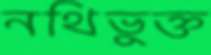
নথিভুক্ত